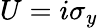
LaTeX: U=i\sigma_{y}